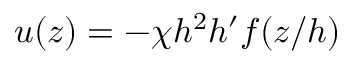
u ( z ) = - \chi h ^ { 2 } h ^ { \prime } f ( z / h )